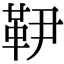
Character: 𩉥